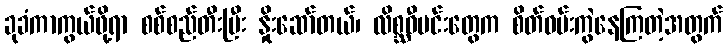
ခုခံကာကွယ်ဖို့ရာ စစ်စည်တီးပြီး နှိုးဆော်တယ်၊ လိစ္ဆဝီမင်းတွေက စိတ်ဝမ်းကွဲနေကြတဲ့အတွက်